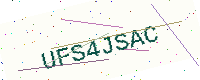
Text: UFS4JSAC